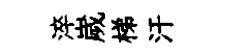
淬嵗梯汗